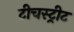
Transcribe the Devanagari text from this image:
टीचस्ट्रीट